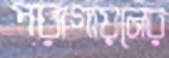
পরাগায়নের